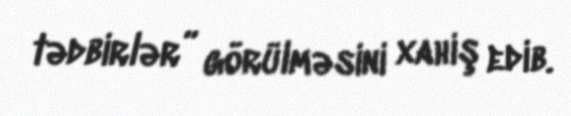
tədbirlər” görülməsini xahiş edib.